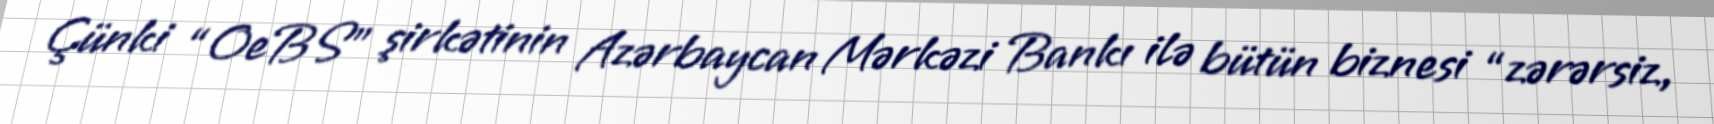
Çünki “OeBS” şirkətinin Azərbaycan Mərkəzi Bankı ilə bütün biznesi “zərərsiz,